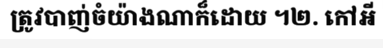
ត្រូវបាញ់ចំយ៉ាងណាក៏ដោយ ។២. កៅអី